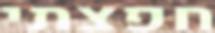
חפצתי